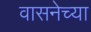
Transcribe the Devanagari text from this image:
वासनेच्या